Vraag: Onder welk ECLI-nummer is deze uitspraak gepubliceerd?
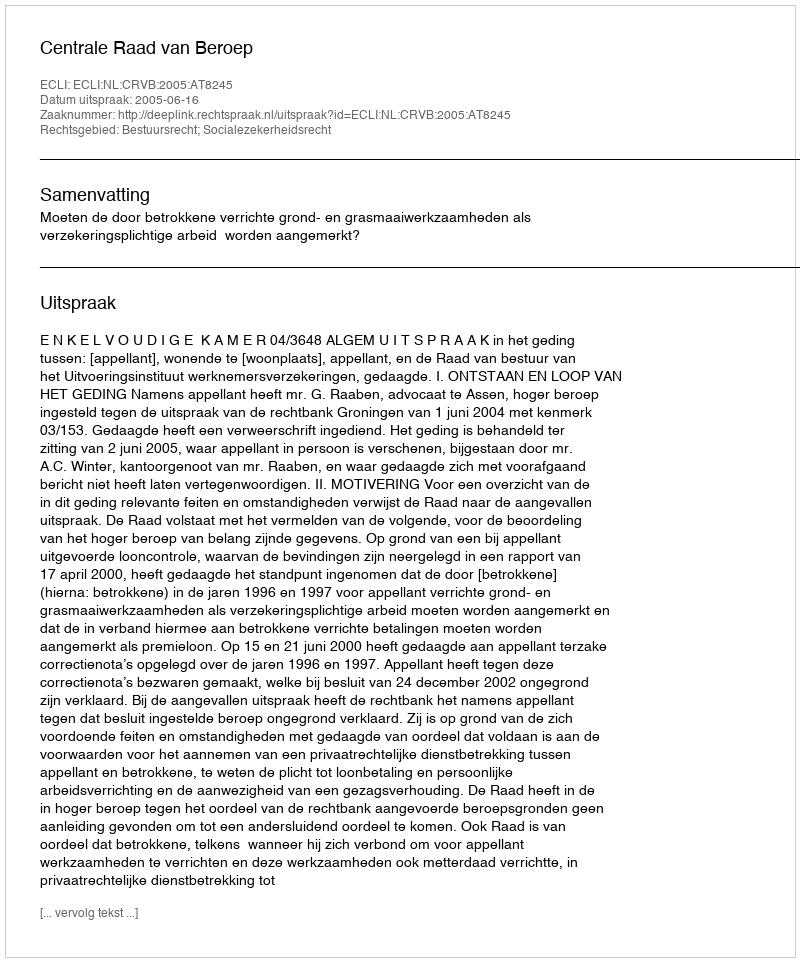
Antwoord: ECLI:NL:CRVB:2005:AT8245